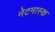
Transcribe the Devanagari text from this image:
नेटमास्क